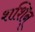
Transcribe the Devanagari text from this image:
शशिन्‌